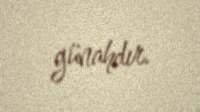
günahdır.